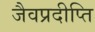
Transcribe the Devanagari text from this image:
जैवप्रदीप्ति